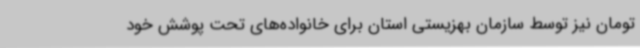
تومان نیز توسط سازمان بهزیستی استان برای خانواده‌های تحت پوشش خود